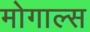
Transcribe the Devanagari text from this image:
मोगाल्स